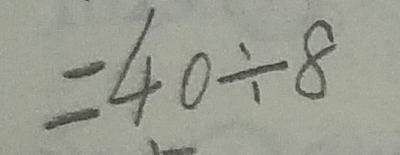
= 4 0 \div 8